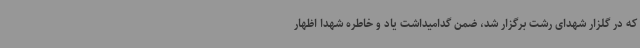
که در گلزار شهدای رشت برگزار شد، ضمن گدامیداشت یاد و خاطره شهدا اظهار